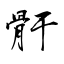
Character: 骬